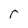
Character: r